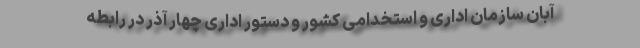
آبان سازمان اداری و استخدامی کشور و دستور اداری چهار آذر در رابطه